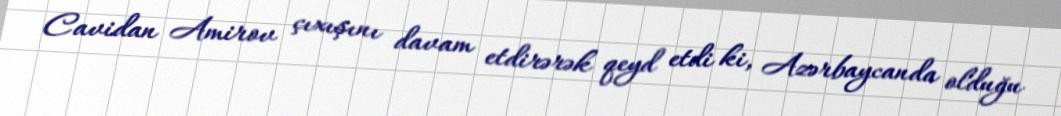
Cavidan Amirov çıxışını davam etdirərək qeyd etdi ki, Azərbaycanda olduğu